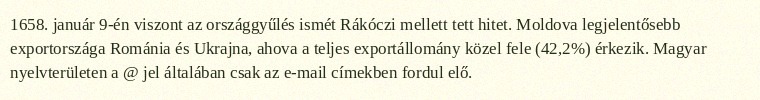
1658. január 9-én viszont az országgyűlés ismét Rákóczi mellett tett hitet. Moldova legjelentősebb exportországa Románia és Ukrajna, ahova a teljes exportállomány közel fele (42,2%) érkezik. Magyar nyelvterületen a @ jel általában csak az e-mail címekben fordul elő.